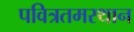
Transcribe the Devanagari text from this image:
पवित्रतमस्थान